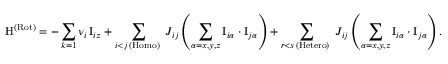
\mathrm { H } ^ { \mathrm { ( R o t ) } } = - \sum _ { k = 1 } \nu _ { i } \, \mathrm { I } _ { i z } + \sum _ { \substack { i < j \, \mathrm { ( H o m o ) ~ } } } J _ { i j } \left( \sum _ { \alpha = x , y , z } \mathrm { I } _ { i \alpha } \cdot \mathrm { I } _ { j \alpha } \right) + \sum _ { \substack { r < s \, \mathrm { ( H e t e r o ) ~ } } } J _ { i j } \left( \sum _ { \alpha = x , y , z } \mathrm { I } _ { i \alpha } \cdot \mathrm { I } _ { j \alpha } \right) .